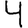
Digit: 4